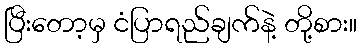
ပြီးတော့မှ ငံပြာရည်ချက်နဲ့ တို့စား။